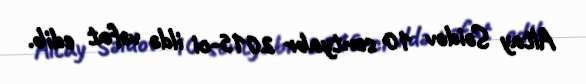
Altay Səidov 10 sentyabr 2015-ci ildə vəfat edib.